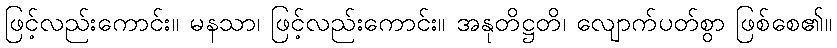
ဖြင့်လည်းကောင်း။ မနသာ၊ ဖြင့်လည်းကောင်း။ အနုတိဋ္ဌတိ၊ လျောက်ပတ်စွာ ဖြစ်စေ၏။